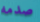
صدمه